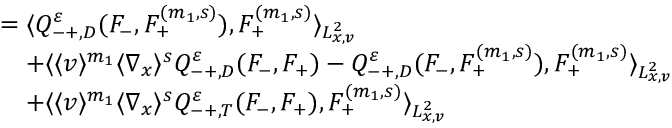
\begin{array} { r l } & { = \langle Q _ { - + , D } ^ { \varepsilon } ( F _ { - } , F _ { + } ^ { ( m _ { 1 } , s ) } ) , F _ { + } ^ { ( m _ { 1 } , s ) } \rangle _ { L _ { x , v } ^ { 2 } } } \\ & { \quad + \langle \langle v \rangle ^ { m _ { 1 } } \langle \nabla _ { x } \rangle ^ { s } Q _ { - + , D } ^ { \varepsilon } ( F _ { - } , F _ { + } ) - Q _ { - + , D } ^ { \varepsilon } ( F _ { - } , F _ { + } ^ { ( m _ { 1 } , s ) } ) , F _ { + } ^ { ( m _ { 1 } , s ) } \rangle _ { L _ { x , v } ^ { 2 } } } \\ & { \quad + \langle \langle v \rangle ^ { m _ { 1 } } \langle \nabla _ { x } \rangle ^ { s } Q _ { - + , T } ^ { \varepsilon } ( F _ { - } , F _ { + } ) , F _ { + } ^ { ( m _ { 1 } , s ) } \rangle _ { L _ { x , v } ^ { 2 } } } \end{array}